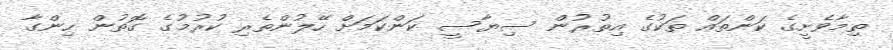
ތިމާވެށީގެ ކަންތައް ތަކުގެ އިތުރުން ސިޔާސީ ކަންކަމަށް ހޭލުންތެރި ކުރުމުގެ ގޮތުން ހިންގާ